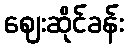
ဈေးဆိုင်ခန်း